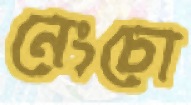
নেংচো